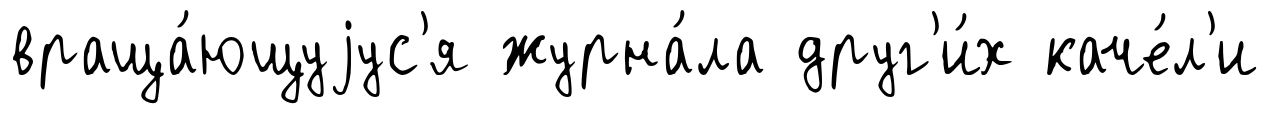
враща́ющуjус'я журна́ла друг'и́х каче́л'и